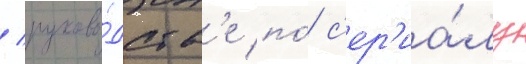
/ руково́дств'е по́ с'ер'иа́лу